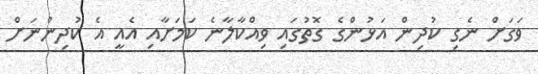
ވަގަށް ނެގި ކުދިން އަޅުންގެ ގޮތުގައި ވިއްކާލާނެ ކަމަށާއި އެއީ އެ ކުދިންނަށް